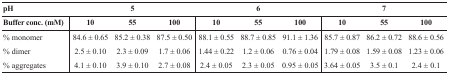
| pH | <COLSPAN=3> 5 | <COLSPAN=3> 6 | <COLSPAN=4> 7 |
 | Buffer conc. (mM) | 10 | 55 | 100 | 10 | 55 | 100 | 10 | 55 | 100 |
 | --- | --- | --- | --- | --- | --- | --- | --- | --- | --- | --- |
 | % monomer | 84.6 ± 0.65 | 85.2 ± 0.38 | 87.5 ± 0.50 | 88.1 ± 0.55 | 88.7 ± 0.85 | 91.1 ± 1.36 | 85.7 ± 0.87 | 86.2 ± 0.72 | 88.6 ± 0.56 |
 | % dimer | 2.5 ± 0.10 | 2.3 ± 0.09 | 1.7 ± 0.06 | 1.44 ± 0.22 | 1.2 ± 0.06 | 0.76 ± 0.04 | 1.79 ± 0.08 | 1.59 ± 0.08 | 1.23 ± 0.06 |
 | % aggregates | 4.1 ± 0.10 | 3.9 ± 0.10 | 2.7 ± 0.08 | 2.4 ± 0.05 | 2.3 ± 0.05 | 0.95 ± 0.05 | 3.64 ± 0.05 | 3.5 ± 0.1 | 2.4 ± 0.1 |